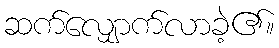
ဆက်လျှောက်လာခဲ့၏။